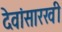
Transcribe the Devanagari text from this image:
देवांसारखी